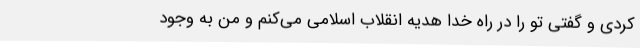
کردی و گفتی تو را در راه خدا هدیه انقلاب اسلامی می‌کنم و من به وجود